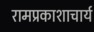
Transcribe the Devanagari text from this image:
रामप्रकाशाचार्य